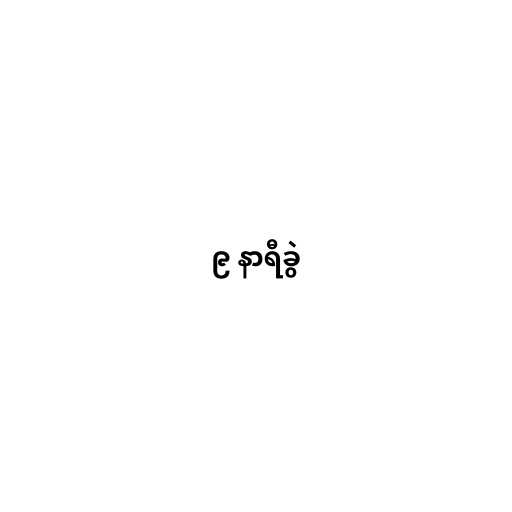
၉ နာရီခွဲ